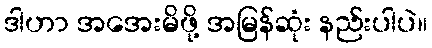
ဒါဟာ အအေးမိဖို့ အမြန်ဆုံး နည်းပါပဲ။